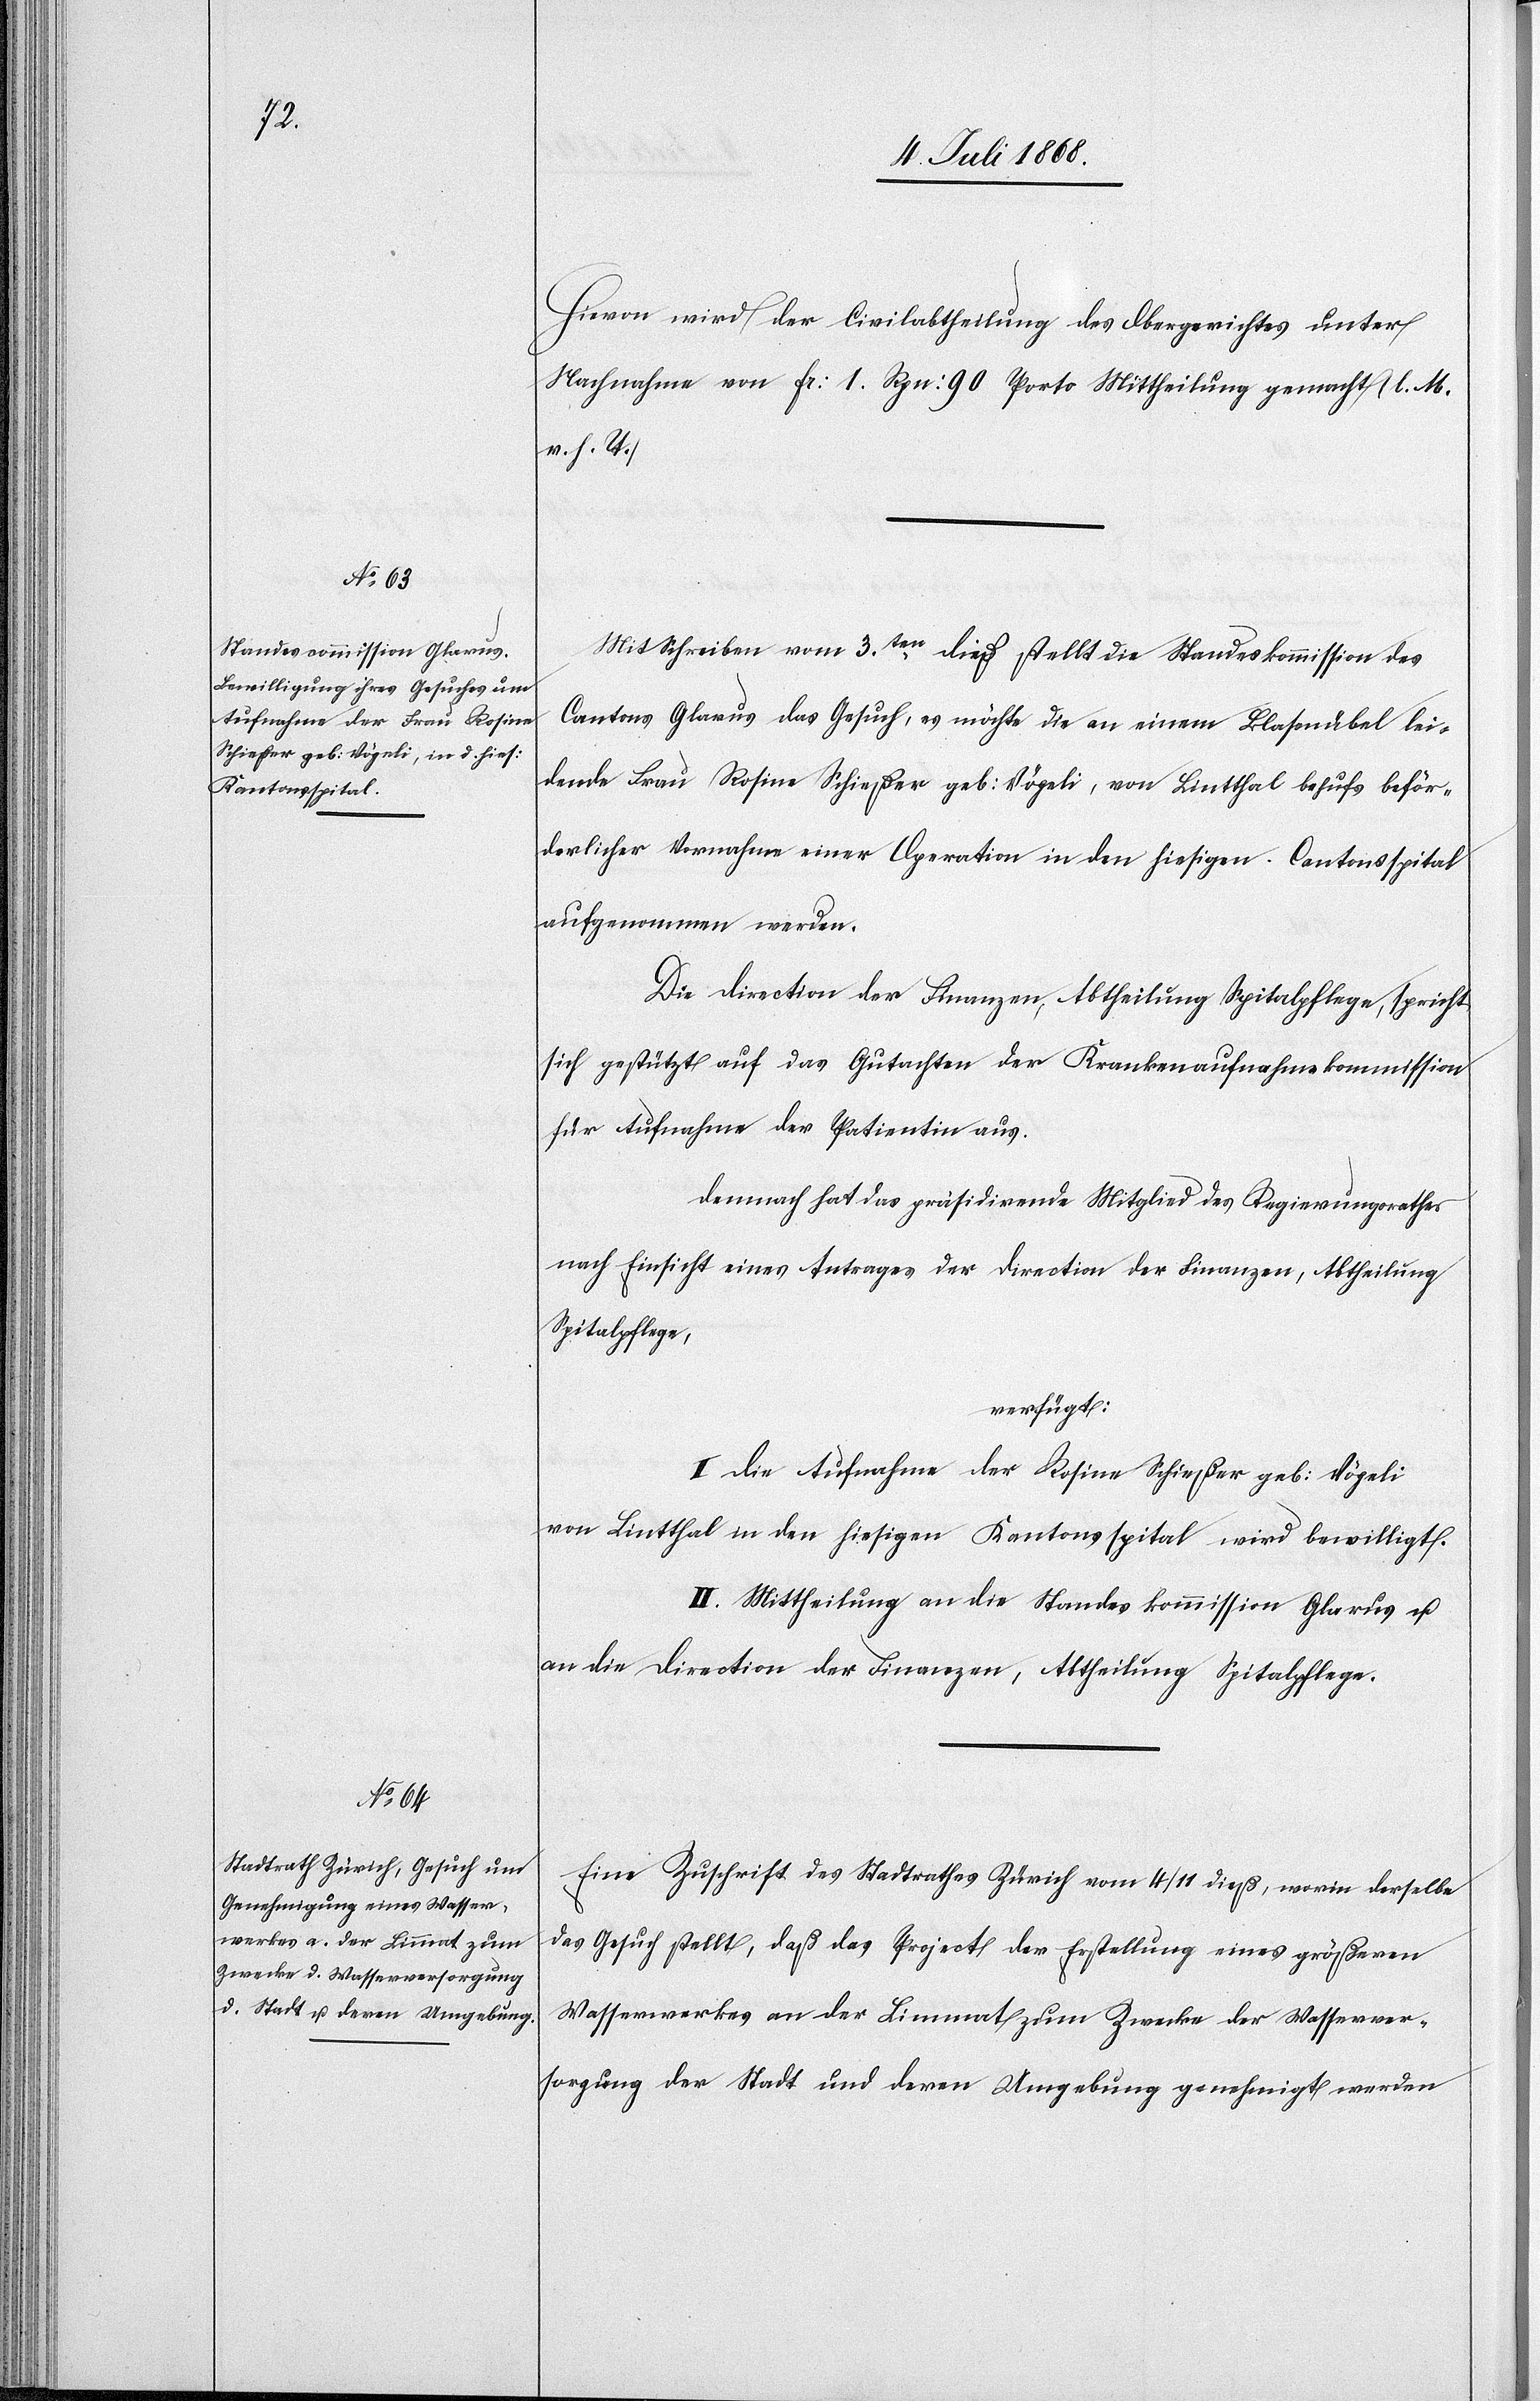
11. Juli 1868.]
Hievon wird der Civilabtheilung des Obergerichtes unter
Nachnahme von Fr: 1. Rpn: 90 Porto Mittheilung gemacht (l. M.
v. h. T.)
Mit Schreiben vom 3ten. dieß stellt die Standeskommission des
Cantons Glarus das Gesuch, es möchte die an einem Blasenübel lei¬
dende Frau Rosine Schießer geb: Vögeli, von Lintthal behufs beför¬
derlicher Vornahme einer Operation in den hiesigen Cantonsspital
aufgenommen werden.
Die Direction der Finanzen, Abtheilung Spitalpflege, spricht
sich gestützt auf das Gutachten der Krankenaufnahmskommission
für Aufnahme der Patientin aus.
Demnach hat das präsidirende Mitglied des Regierungsrathes
nach Einsicht eines Antrages der Direction der Finanzen, Abtheilung
Spitalpflege,
verfügt:
I. Die Aufnahme der Rosine Schießer geb: Vögeli
von Lintthal in den hiesigen Kantonsspital wird bewilligt.
II. Mittheilung an die Standeskommission Glarus u.
an die Direction der Finanzen, Abtheilung Spitalpflege.
Eine Zuschrift des Stadtrathes Zürich vom 4/11 dieß, worin derselbe
das Gesuch stellt, daß das Project der Erstellung eines größeren
Wasserwerkes an der Limmat zum Zwecke der Wasserver¬
sorgung der Stadt und deren Umgebung genehmigt werden